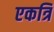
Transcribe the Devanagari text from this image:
एकत्रि